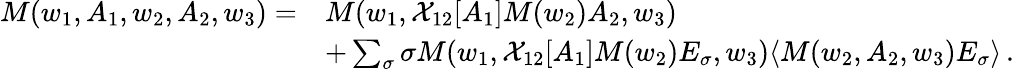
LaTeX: \begin{array}{rl}{M(w_{1},A_{1},w_{2},A_{2},w_{3})=}&{M(w_{1},\mathcal{X}_{12}[A_{1}]M(w_{2})A_{2},w_{3})}\\ &{+\sum_{\sigma}\sigma M(w_{1},\mathcal{X}_{12}[A_{1}]M(w_{2})E_{\sigma},w_{3})\langle M(w_{2},A_{2},w_{3})E_{\sigma}\rangle\, .}\end{array}